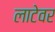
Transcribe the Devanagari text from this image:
लाटेवर